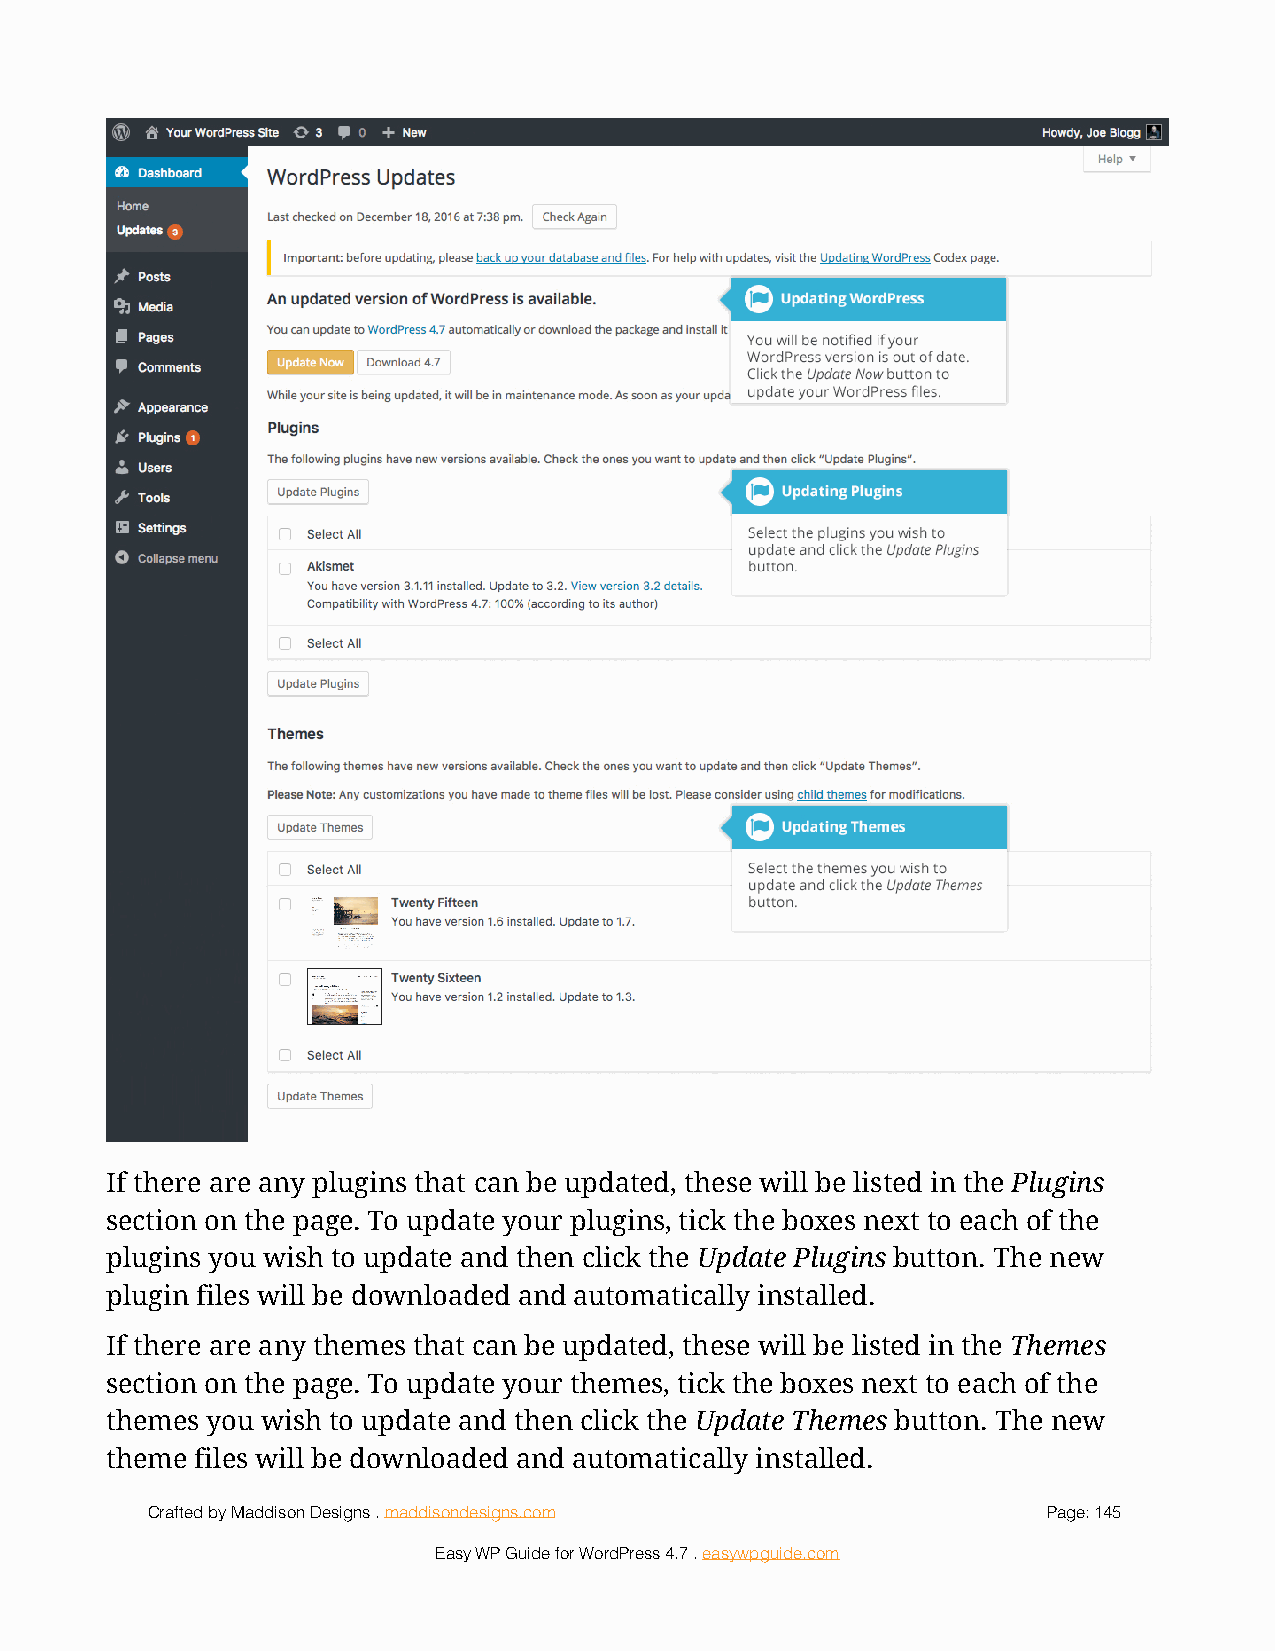
!
 If there are any plugins that can be updated, these will be listed in the Plugins
 section on the page. To update your plugins, tick the boxes next to each of the
 plugins you wish to update and then click the Update Plugins button. The new
 plugin files will be downloaded and automatically installed.
 If there are any themes that can be updated, these will be listed in the Themes
 section on the page. To update your themes, tick the boxes next to each of the
 themes you wish to update and then click the Update Themes button. The new
 theme files will be downloaded and automatically installed.
 Crafted by Maddison Designs . maddisondesigns.com          Page: 1 45
 Easy WP Guide for WordPress 4.7 . easywpguide.com